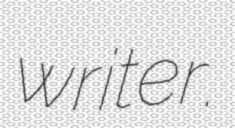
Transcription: writer.